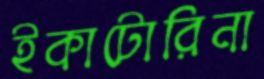
ইকাটোরিনা